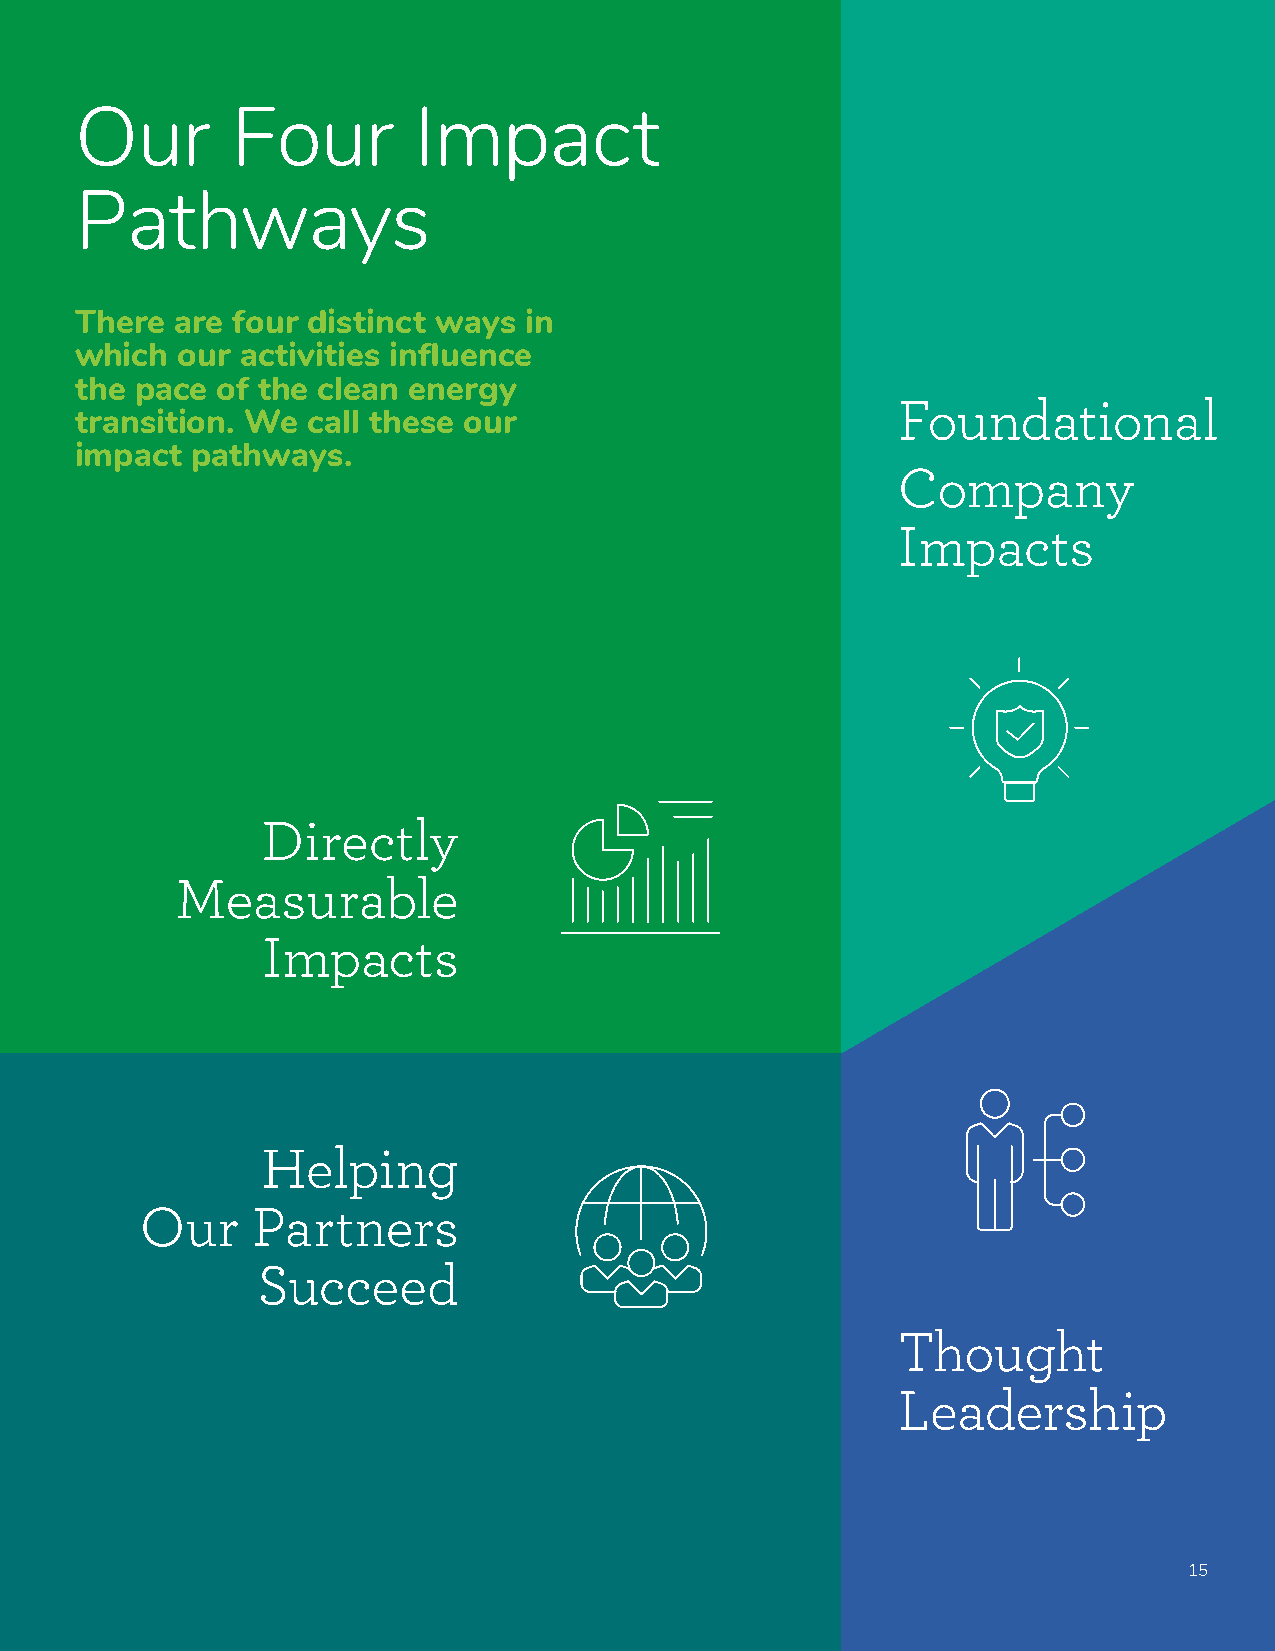
Our       Four        Impact
 Pathways
 There  are four distinct ways in
 which  our activities influence
 the pace of the clean energy
 Foundational
 transition. We call these our
 impact  pathways.
 Company
 Impacts
 Directly
 Measurable
 Impacts
 Helping
 Our     Partners
 Succeed
 Thought
 Leadership
 15